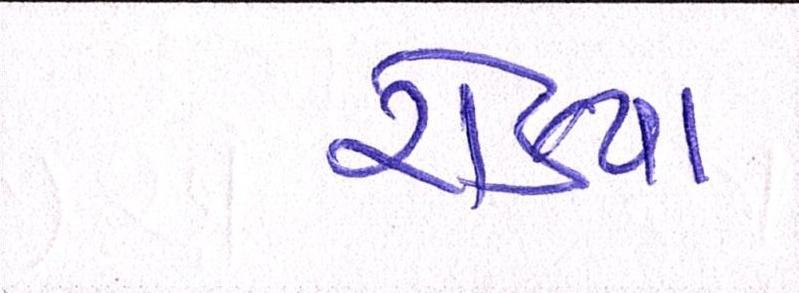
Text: રોક્યા